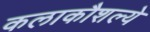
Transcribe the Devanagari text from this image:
कलाकौशल्ये